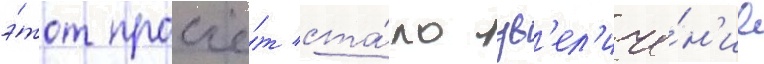
э́тот просчё́т ста́ло ув'ел'иче́н'ие